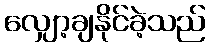
လျှော့ချနိုင်ခဲ့သည်